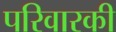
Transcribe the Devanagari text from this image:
परिवारकी